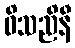
ဝိသညိနီ